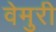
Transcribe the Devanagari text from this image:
वेमुरी